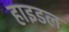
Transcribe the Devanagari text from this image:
हाइडल